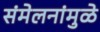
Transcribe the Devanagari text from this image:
संमेलनांमुळे